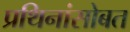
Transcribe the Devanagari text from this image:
प्रथिनांसोबत